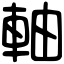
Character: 軸